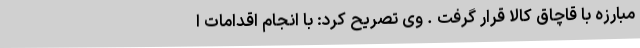
مبارزه با قاچاق کالا قرار گرفت . وی تصریح کرد: با انجام اقدامات ا